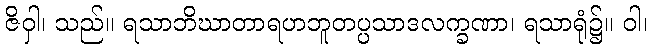
ဇိဝှါ၊ သည်။ ရသာဘိဃာတာရဟဘူတပ္ပသာဒလက္ခဏာ၊ ရသာရုံ၌။ ဝါ၊